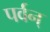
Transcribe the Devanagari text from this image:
पर्वन्